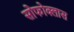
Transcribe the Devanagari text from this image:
सोफोक्लास